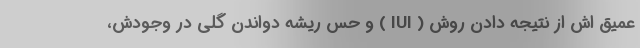
عمیق اش از نتیجه دادن روش ( IUI ) و حس ریشه دواندن گُلی در وجودش،